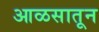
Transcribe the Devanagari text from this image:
आळसातून